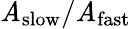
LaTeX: \mathit{A}_{\mathrm{{slow}}}/\mathit{A}_{\mathrm{{fast}}}